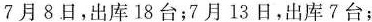
7月8日，出库18台；7月13日，出库7台；